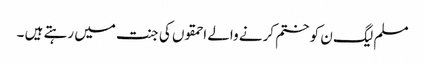
مسلم لیگ ن کو ختم کرنے والے احمقوں کی جنت میں رہتے ہیں ۔